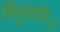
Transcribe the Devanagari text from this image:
त्रिपुरारि।।